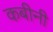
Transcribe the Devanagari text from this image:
कबीनी